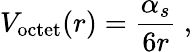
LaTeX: V_{\mathrm{octet}}(r)={\frac{\alpha_{s}}{6r}}\ ,